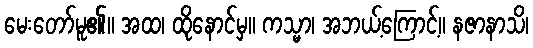
မေးတော်မူ၏။ အထ၊ ထိုနောင်မှ။ ကသ္မာ၊ အဘယ့်ကြောင့်။ နဇာနာသိ၊